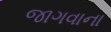
જાગવાના